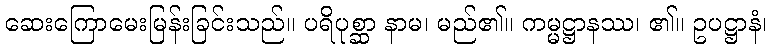
ဆေးကြောမေးမြန်းခြင်းသည်။ ပရိပုစ္ဆာ နာမ၊ မည်၏။ ကမ္မဋ္ဌာနဿ၊ ၏။ ဥပဋ္ဌာနံ၊